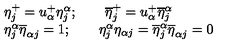
\begin{array} { l c r } { \eta _ { j } ^ { + } = u _ { \alpha } ^ { + } \eta _ { j } ^ { \alpha } ; \qquad \overline { { \eta } } _ { j } ^ { + } = u _ { \alpha } ^ { + } \overline { { \eta } } _ { j } ^ { \alpha } } \\ { \eta _ { j } ^ { \alpha } \overline { { \eta } } _ { \alpha j } = 1 ; \qquad \eta _ { j } ^ { \alpha } { \eta } _ { \alpha j } = \overline { { \eta } } _ { j } ^ { \alpha } \overline { { \eta } } _ { \alpha j } = 0 } \\ \end{array}